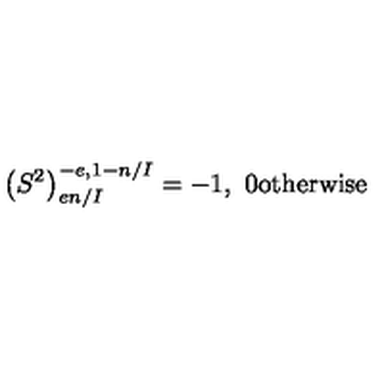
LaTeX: \left( S ^ { 2 } \right) _ { e n / I } ^ { - e , 1 - n / I } = - 1 , \ 0 \mathrm { o t h e r w i s e }